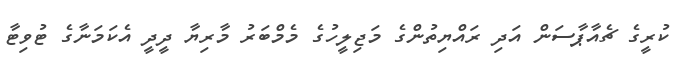
ކުރީގެ ޗެއާޕާސަން އަދި ރައްޔިތުންގެ މަޖިލީހުގެ މެމްބަރު މާރިޔާ ދީދީ އެކަމަނާގެ ޓުވިޓާ